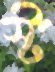
স্ট